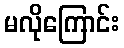
မလိုကြောင်း